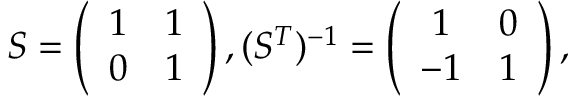
S = \left( \begin{array} { c c } { { 1 } } & { { 1 } } \\ { { 0 } } & { { 1 } } \end{array} \right) , ( S ^ { T } ) ^ { - 1 } = \left( \begin{array} { c c } { { 1 } } & { { 0 } } \\ { { - 1 } } & { { 1 } } \end{array} \right) ,